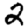
Digit: 2